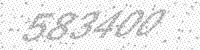
Solution: 583400